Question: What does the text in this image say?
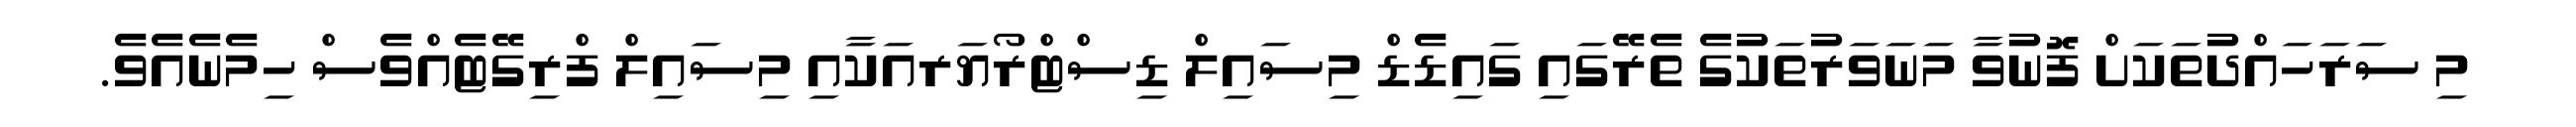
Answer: މި ސަރަހައްދުތަކަށް ފޮނުވާ މަނަވަރުތަކުގެ ތެރޭގައި ގައިޑެޑް މިސައިލް ޑިސްޓްރޯޔަރއަކާއި މިސައިލް ފްރިގޭޓެއްވެސް ހިމެނެއެވެ.